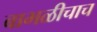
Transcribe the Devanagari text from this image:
बाभळीचाच